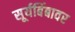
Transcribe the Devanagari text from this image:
सूर्यबिंबावर